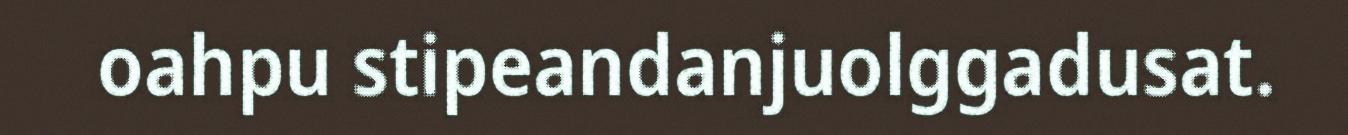
oahpu stipeandanjuolggadusat.